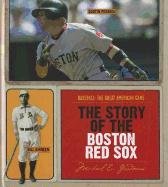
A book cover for The Story of the Boston Red Sox (Baseball:  the Great American Game); Michael E. Goodman; Teen & Young Adult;